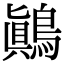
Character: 鷆